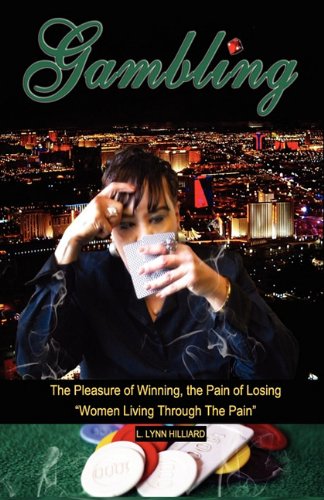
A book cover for Gambling; L. Lynn Hilliard; Health, Fitness & Dieting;